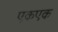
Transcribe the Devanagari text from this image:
एकएक